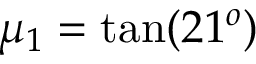
\mu _ { 1 } = \tan ( 2 1 ^ { o } )